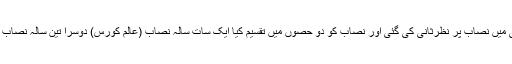
۱۹۹۸ء میں پیر طریقت اور علماء کی سرپرستی میں نصاب پر نظرثانی کی گئی اور نصاب کو دو حصوں میں تقسیم کیا ایک سات سالہ نصاب (عالم کورس) دوسرا تین سالہ نصاب (خطیب کورس) کے نام سے متعارف کرایا گیا۔